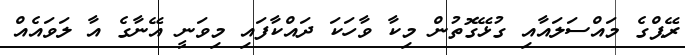
ރޭޕްގެ މައްސަލައާއި ގުޅޭގޮތުން މިކާ ވާހަކަ ދައްކާފައި މިވަނީ އޭނާގެ އާ ލަވައެއް